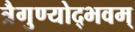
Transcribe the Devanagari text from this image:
त्रैगुण्योद्भवम्